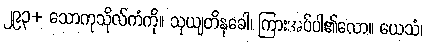
၂၉၃+ သောကုသိုလ်ကံကို။ သုယျတိနုခေါ၊ ကြားအပ်ပါ၏လော။ ယေသံ၊